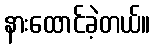
နားထောင်ခဲ့တယ်။